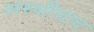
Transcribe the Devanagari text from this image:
अस्थीचाच